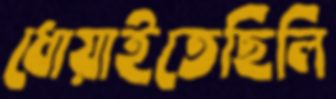
ধোয়াইতেছিলি